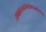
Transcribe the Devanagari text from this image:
तावकस्त्वद्गतप्राणस्त्वच्चित्तोऽहं